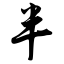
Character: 半